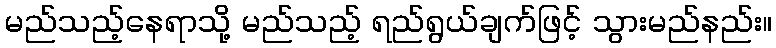
မည်သည့်နေရာသို့ မည်သည့် ရည်ရွယ်ချက်ဖြင့် သွားမည်နည်း။